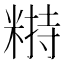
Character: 𥻣